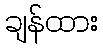
ချန်ထား